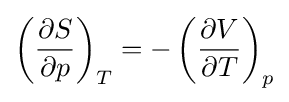
\left({\partial S \over \partial p}\right)_{T}=-\left({\partial V \over \partial T}\right)_{p}